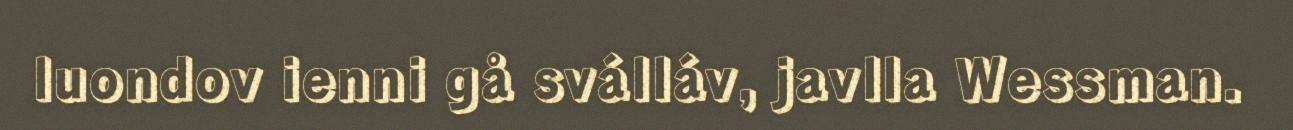
luondov ienni gå sválláv, javlla Wessman.